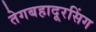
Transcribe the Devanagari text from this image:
तेगबहादूरसिंग